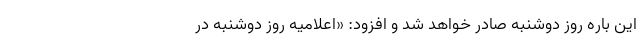
این باره روز دوشنبه صادر خواهد شد و افزود: «اعلامیه روز دوشنبه در